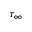
\tau _ { \infty }